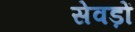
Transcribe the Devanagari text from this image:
सेवड़ों